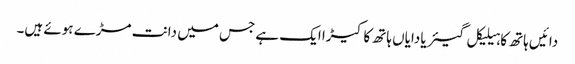
دائیں ہاتھ کا ہیلیکل گیئر یا دایاں ہاتھ کا کیڑا ایک ہے جس میں دانت مڑے ہوئے ہیں۔